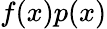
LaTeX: f(x)p(x)